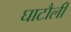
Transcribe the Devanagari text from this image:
घाटौली